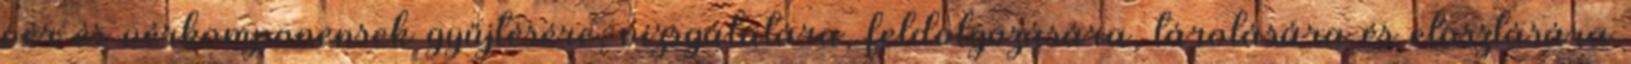
vér és vérkomponensek gyűjtésére, vizsgálatára, feldolgozására, tárolására és elosztására